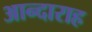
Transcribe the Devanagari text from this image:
आन्दाराह